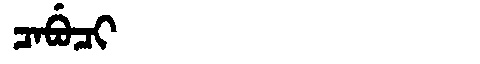
Manchu: ᠴᠠᠪᡠᠴᡳ
Romanization: CABUCI